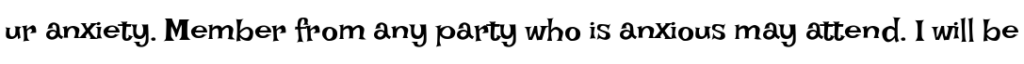
ur anxiety. Member from any party who is anxious may attend. I will be